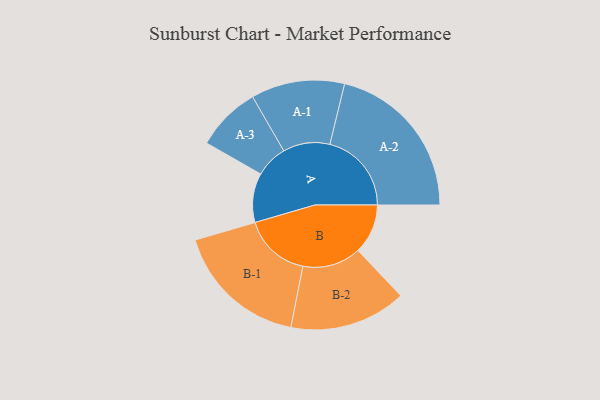
{"axis": {"x": "Segment", "y": "Value"}, "legend": ["", "A", "B"], "data": [{"x": "A", "y": 161, "type": ""}, {"x": "B", "y": 163, "type": ""}, {"x": "A-1", "y": 153, "type": "A"}, {"x": "A-2", "y": 267, "type": "A"}, {"x": "A-3", "y": 106, "type": "A"}, {"x": "B-1", "y": 219, "type": "B"}, {"x": "B-2", "y": 191, "type": "B"}]}